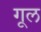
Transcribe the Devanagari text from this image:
गूल